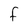
Character: F